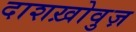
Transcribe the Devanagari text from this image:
दाशख़ोवुज़